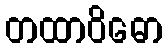
တထာဝိဓော